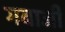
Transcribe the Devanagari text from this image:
गबाजी